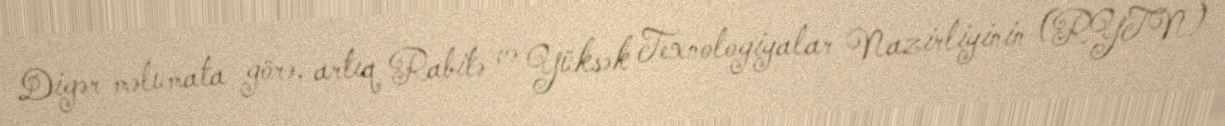
Digər məlumata görə, artıq Rabitə və Yüksək Texnologiyalar Nazirliyinin (RYTN)